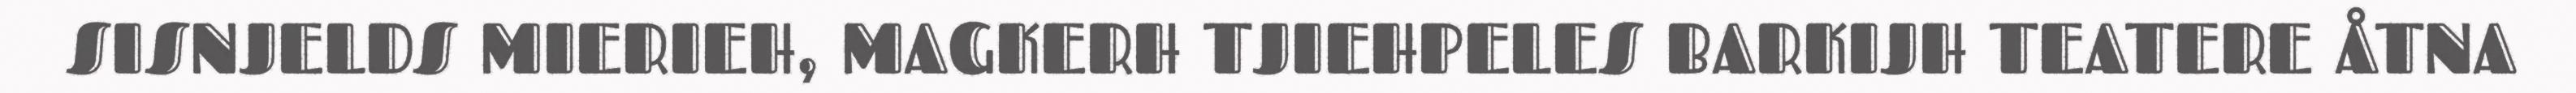
SISNJELDS MIERIEH, MAGKERH TJIEHPELES BARKIJH TEATERE ÅTNA